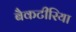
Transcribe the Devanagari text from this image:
बैकटीरिया